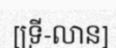
[ទ្រី-លាន]